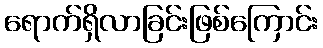
ရောက်ရှိလာခြင်းဖြစ်ကြောင်း